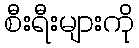
စီးရီးများကို